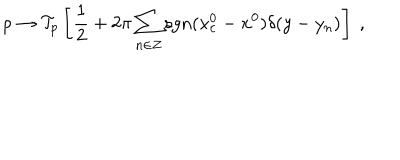
\rho \to { \cal T } _ { p } \left[ { \frac { 1 } { 2 } } + 2 \pi \sum _ { n \in Z } \mathrm { s g n } ( x _ { c } ^ { 0 } - x ^ { 0 } ) \delta ( y - y _ { n } ) \right] ~ ,